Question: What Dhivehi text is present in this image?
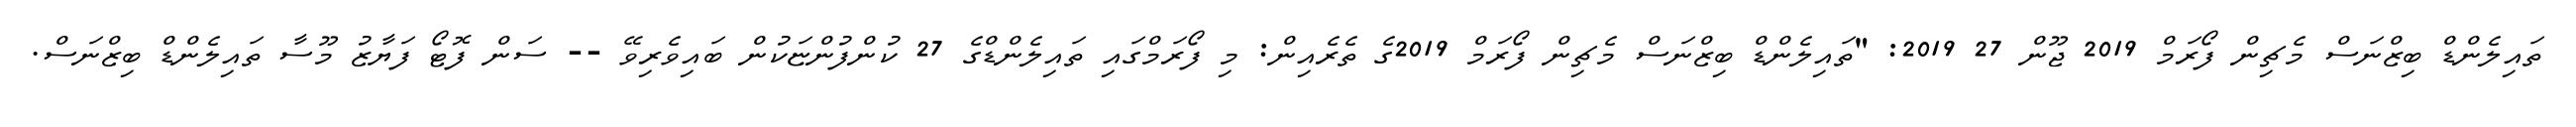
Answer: ތައިލެންޑް ބިޒްނަސް މެޗިން ފޯރަމް 2019 ޖޫން 27 2019: "ތައިލެންޑް ބިޒްނަސް މެޗިން ފޯރަމް 2019ގެ ތެރެއިން: މި ފޯރަމްގައި ތައިލެންޑްގެ 27 ކުންފުންޏަކުން ބައިވެރިވޭ -- ސަން ފޮޓޯ ފަޔާޒު މޫސާ ތައިލެންޑް ބިޒްނަސް.